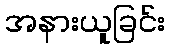
အနားယူခြင်း